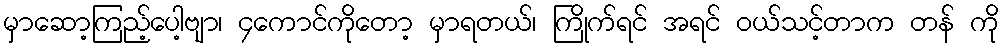
မှာဆော့ကြည့်ပေါ့ဗျာ၊ ၄ကောင်ကိုတော့ မှာရတယ်၊ ကြိုက်ရင် အရင် ဝယ်သင့်တာက တန် ကို